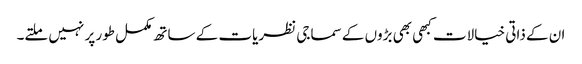
ان کے ذاتی خیالات کبھی بھی بڑوں کے سماجی نظریات کے ساتھ مکمل طور پر نہیں ملتے۔